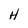
Character: H